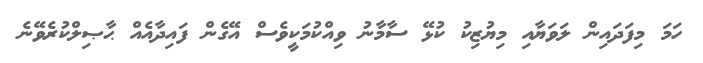
ހަމަ މިފަދައިން ލަވަޔާއި މިޔުޒިކު ކުޅޭ ސާމާނު ވިއްކުމަކީވެސް އޭގެން ފައިދާއެއް ޙާޞިލްކުރެވޭނެ